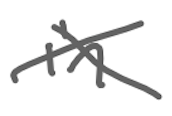
Text: in
Cross-out: cross
Writing tool: digital_gray